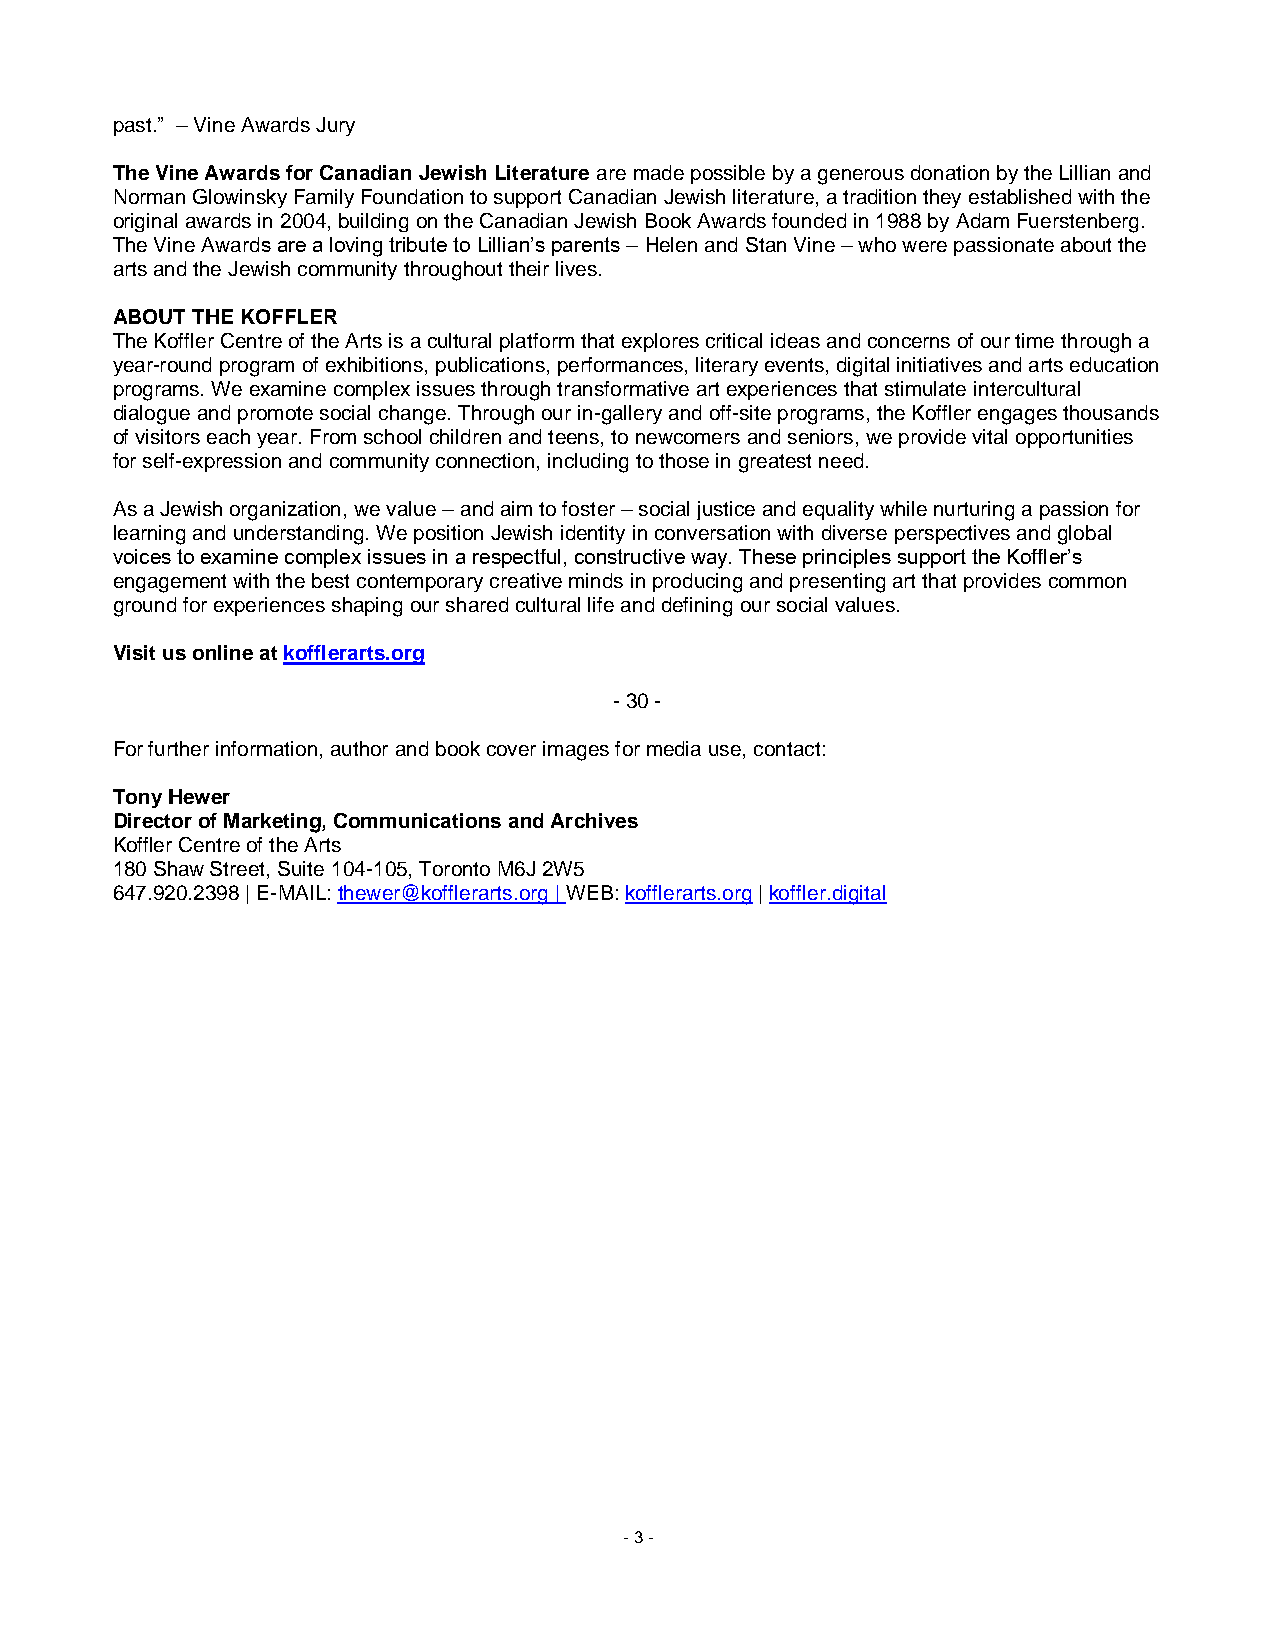
past.” – Vine Awards Jury
 The Vine Awards for Canadian Jewish Literature are made possible by a generous donation by the Lillian and
 Norman Glowinsky Family Foundation to support Canadian Jewish literature, a tradition they established with the
 original awards in 2004, building on the Canadian Jewish Book Awards founded in 1988 by Adam Fuerstenberg.
 The Vine Awards are a loving tribute to Lillian’s parents – Helen and Stan Vine – who were passionate about the
 arts and the Jewish community throughout their lives.
 ABOUT THE KOFFLER
 The Koffler Centre of the Arts is a cultural platform that explores critical ideas and concerns of our time through a
 year-round program of exhibitions, publications, performances, literary events, digital initiatives and arts education
 programs. We examine complex issues through transformative art experiences that stimulate intercultural
 dialogue and promote social change. Through our in-gallery and off-site programs, the Koffler engages thousands
 of visitors each year. From school children and teens, to newcomers and seniors, we provide vital opportunities
 for self-expression and community connection, including to those in greatest need.
 As a Jewish organization, we value – and aim to foster – social justice and equality while nurturing a passion for
 learning and understanding. We position Jewish identity in conversation with diverse perspectives and global
 voices to examine complex issues in a respectful, constructive way. These principles support the Koffler’s
 engagement with the best contemporary creative minds in producing and presenting art that provides common
 ground for experiences shaping our shared cultural life and defining our social values.
 Visit us online at kofflerarts.org
 - 30 -
 For further information, author and book cover images for media use, contact:
 Tony Hewer
 Director of Marketing, Communications and Archives
 Koffler Centre of the Arts
 180 Shaw Street, Suite 104-105, Toronto M6J 2W5
 647.920.2398 | E-MAIL: thewer@kofflerarts.org | WEB: kofflerarts.org | koffler.digital
 - 3 -